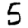
Digit: 5